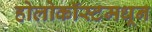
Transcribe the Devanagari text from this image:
होलोकॉस्टमधून